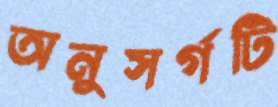
অনুসর্গটি